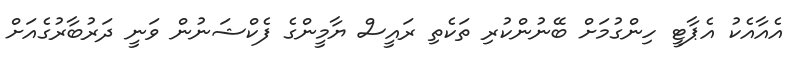
އެއާއެކު އެޕާޓީ ހިންގުމަށް ބޭނުންކުރި ތަކެތި ރައީސް ޔާމީންގެ ފެކްޝަނުން ވަނީ ދަރުބާރުގެއަށް